Indian journal of veterinary science and animal husbandry - Volume 3,
Year: 1933
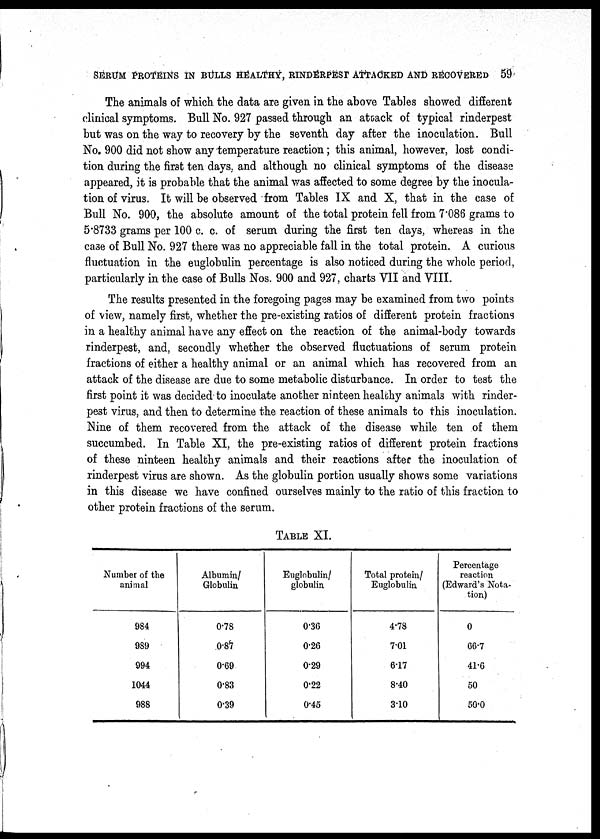
SERUM PROTEINS IN BULLS HEALTHY, RINDERPEST ATTACKED AND RECOVERED 5
The animals of which the data are given in the above Tables showed different
clinical symptoms. Bull No. 927 passed through an attack of typical rinderpest
but was on the way to recovery by the seventh day after the inoculation. Bull
No. 900 did not show any temperature reaction; this animal, however, lost condi-
tion during the first ten days, and although no clinical symptoms of the disease
appeared, it is probable that the animal was affected to some degree by the inocula-
tion of virus. It will be observed from Tables IX and X, that in the case of
Bull No. 900, the absolute amount of the total protein fell from 7.086 grams to
5.8733 grams per 100 c. c. of serum during the first ten days, whereas in the
case of Bull No. 927 there was no appreciable fall in the total protein. A curious
fluctuation in the euglobulin percentage is also noticed during the whole period,
particularly in the case of Bulls Nos. 900 and 927, charts VII and VIII.
The results presented in the foregoing pages may be examined from two points
of view, namely first, whether the pre-existing ratios of different protein fractions
in a healthy animal have any effect on the reaction of the animal-body towards
rinderpest, and, secondly whether the observed fluctuations of serum protein
fractions of either a healthy animal or an animal which has recovered from an
attack of the disease are due to some metabolic disturbance. In order to test the
first point it was decided to inoculate another ninteen healthy animals with rinder-
pest virus, and then to determine the reaction of these animals to this inoculation.
Nine of them recovered from the attack of the disease while ten of them
succumbed. In Table XI, the pre-existing ratios of different protein fractions
of these ninteen healthy animals and their reactions after the inoculation of
rinderpest virus are shown. As the globulin portion usually shows some variations
in this disease we have confined ourselves mainly to the ratio of this fraction to
other protein fractions of the serum.
TABLE XI.
Number of the
animal
984
989
994
1044
988
Albumin/
Globulin
0.78
0.87
0.69
0.83
0.39
Euglobulin/
globulin
0.36
0.26
0.29
0.22
0.45
Total protein/
Euglobulin
4.78
7.01
6.17
8.40
3.10
Percentage
reaction
(Edward's Nota-
tion)
0
66.7
41.6
50
50.0